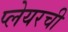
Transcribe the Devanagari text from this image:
प्लेयरची